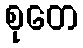
စုတေ